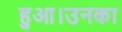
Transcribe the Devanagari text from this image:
हुआ।उनका